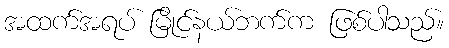
အထက်အရပ် မြိုင်နယ်ဘက်က ဖြစ်ပါသည်။